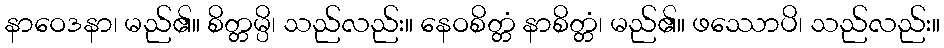
နာဝေဒနာ၊ မည်၏။ စိတ္တမ္ပိ၊ သည်လည်း။ နေဝစိတ္တံ နာစိတ္တံ၊ မည်၏။ ဖဿောပိ၊ သည်လည်း။